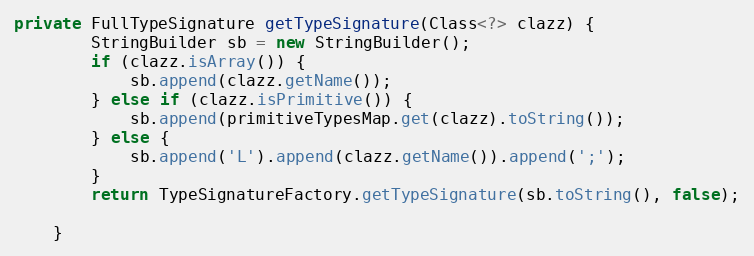
Language: Java
private FullTypeSignature getTypeSignature(Class<?> clazz) {
		StringBuilder sb = new StringBuilder();
		if (clazz.isArray()) {
			sb.append(clazz.getName());
		} else if (clazz.isPrimitive()) {
			sb.append(primitiveTypesMap.get(clazz).toString());
		} else {
			sb.append('L').append(clazz.getName()).append(';');
		}
		return TypeSignatureFactory.getTypeSignature(sb.toString(), false);

	}